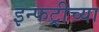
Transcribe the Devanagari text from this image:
इन्फट्रीच्या